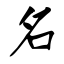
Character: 名